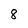
Character: 8